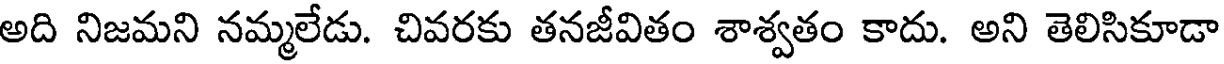
అది నిజమని నమ్మలేడు. చివరకు తనజీవితం శాశ్వతం కాదు. అని తెలిసికూడా